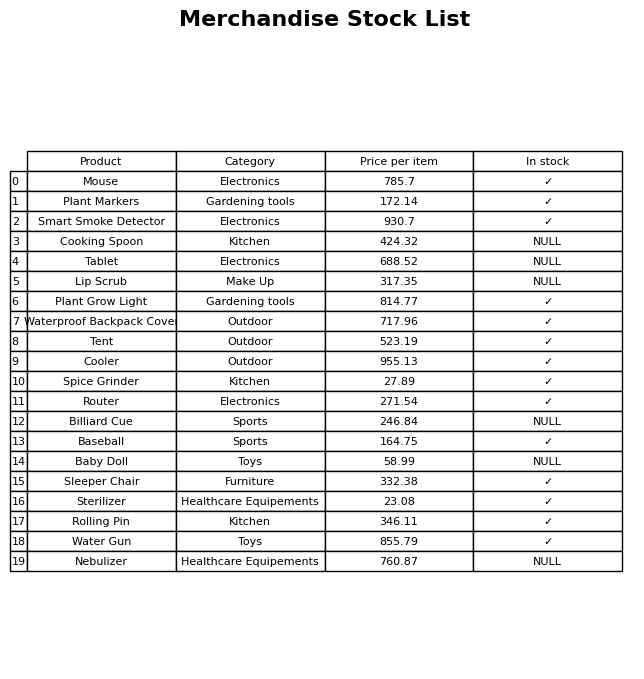
question: What is the stock status of the Water Gun?
answer: ✓